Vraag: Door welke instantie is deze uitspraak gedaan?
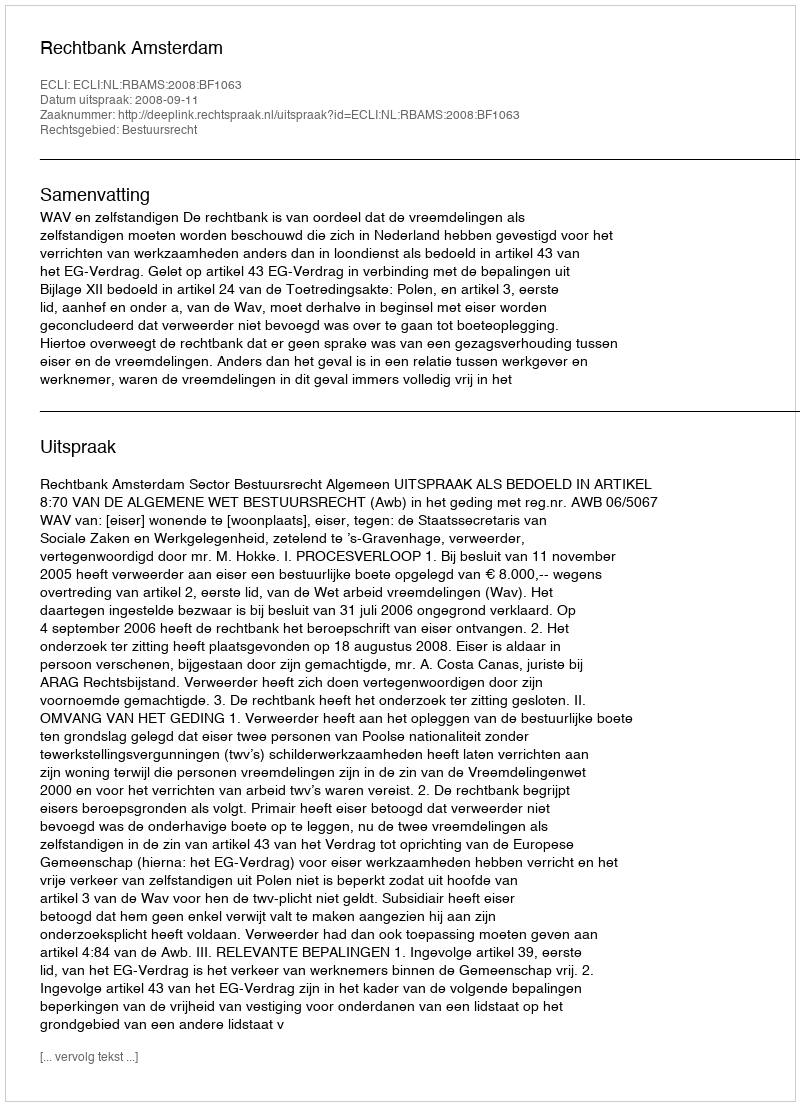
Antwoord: Rechtbank Amsterdam